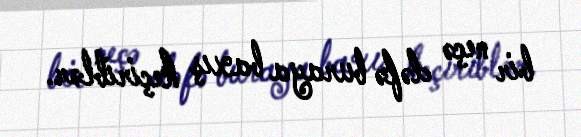
bir neçə dəfə buraya baxış keçiriblər.